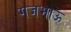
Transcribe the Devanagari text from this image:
गजभाऊ